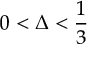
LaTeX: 0 < \Delta < { \frac { 1 } { 3 } }